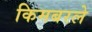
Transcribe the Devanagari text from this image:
किमबरले